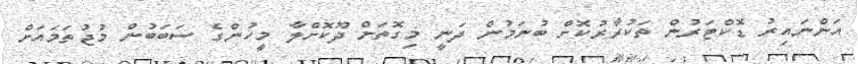
އަންނައިރު ޑޮކްޓަރުން ތަކުރާރުކޮށް ބުނަމުން ދަނީ މިގޮތަށް ދޫކޮށްލާ މީހުންގެ ސަބަބުން މުޖުތަމައަށް